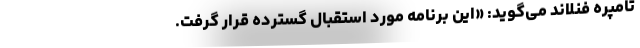
تامپره فنلاند می‌گوید: «این برنامه مورد استقبال گسترده قرار گرفت.